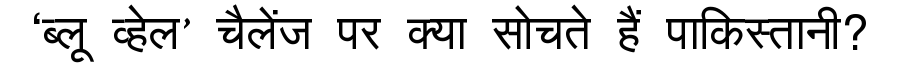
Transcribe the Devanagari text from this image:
‘ब्लू व्हेल’ चैलेंज पर क्या सोचते हैं पाकिस्तानी?